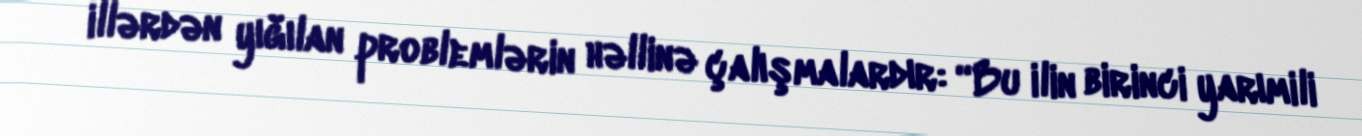
illərdən yığılan problemlərin həllinə çalışmalardır: “Bu ilin birinci yarımili